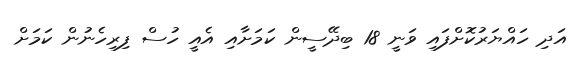
އަދި ހައްޔަރުކޮށްފައި ވަނީ 18 ބިދޭސީން ކަމަށާއި އެއީ ހުސް ފިރިހެނުން ކަމަށް